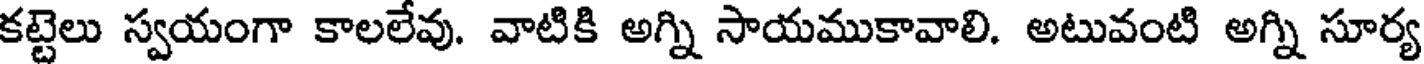
కట్టెలు స్వయంగా కాలలేవు. వాటికి అగ్ని సాయముకావాలి. అటువంటి అగ్ని సూర్య